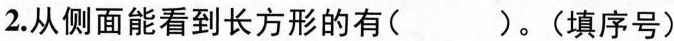
2.从侧面能看到长方形的有( )。(填序号)